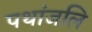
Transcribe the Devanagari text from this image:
पथांजलि